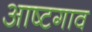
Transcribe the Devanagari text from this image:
आष्टगाव